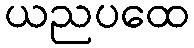
ယညပထေ